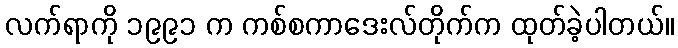
လက်ရာကို ၁၉၉၁ က ကစ်စကာဒေးလ်တိုက်က ထုတ်ခဲ့ပါတယ်။